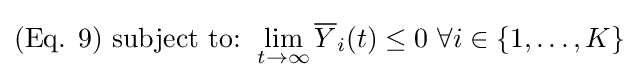
({\text{Eq. }}9){\text{ }}{\text{subject to: }}\lim _{t\rightarrow \infty }{\overline {Y}}_{i}(t)\leq 0{\text{ }}\forall i\in \{1,\ldots ,K\}